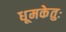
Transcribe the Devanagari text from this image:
धूमकेतुः